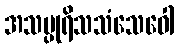
အသပ္ပုရိသသံသေဝေါ